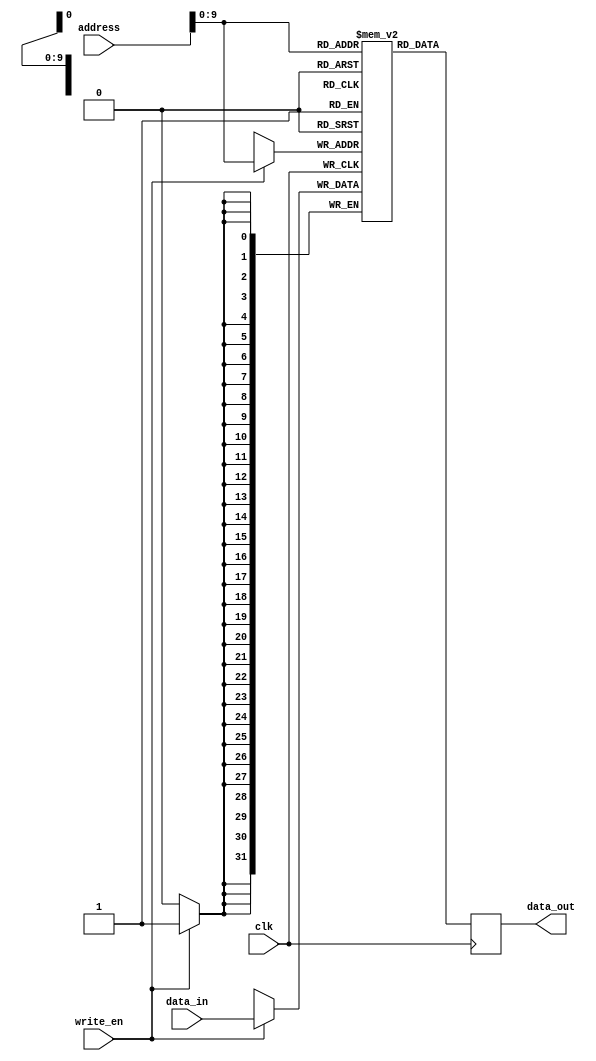
module MemoryBlock (
   input wire clk,
   input wire [31:0] address,
   input wire [31:0] data_in,
   input wire write_en,
   output reg [31:0] data_out
);

reg [31:0] memory[0:1023]; // 1024 memory locations

always @(posedge clk) begin
   if (write_en) begin
      memory[address] <= data_in;
   end
   data_out <= memory[address];
end

endmodule